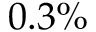
0 . 3 \%